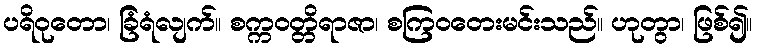
ပရိဝုတော၊ ခြံရံလျက်။ စက္ကဝတ္တိရာဇာ၊ စကြဝတေးမင်းသည်။ ဟုတွာ၊ ဖြစ်၍။